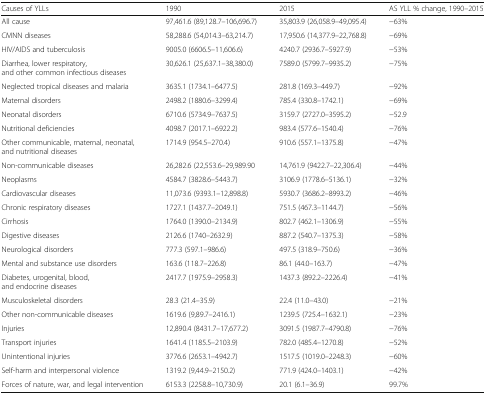
<table><thead><tr><td><b>Causes of YLLs</b></td><td><b>1990</b></td><td><b>2015</b></td><td><b>AS YLL % change, 1990–2015</b></td></tr></thead><tbody><tr><td>All cause</td><td>97,461.6 (89,128.7–106,696.7)</td><td>35,803.9 (26,058.9–49,095.4)</td><td>−63%</td></tr><tr><td>CMNN diseases</td><td>58,288.6 (54,014.3–63,214.7)</td><td>17,950.6 (14,377.9–22,768.8)</td><td>−69%</td></tr><tr><td>HIV/AIDS and tuberculosis</td><td>9005.0 (6606.5–11,606.6)</td><td>4240.7 (2936.7–5927.9)</td><td>−53%</td></tr><tr><td>Diarrhea, lower respiratory, and other common infectious diseases</td><td>30,626.1 (25,637.1–38,380.0)</td><td>7589.0 (5799.7–9935.2)</td><td>−75%</td></tr><tr><td>Neglected tropical diseases and malaria</td><td>3635.1 (1734.1–6477.5)</td><td>281.8 (169.3–449.7)</td><td>−92%</td></tr><tr><td>Maternal disorders</td><td>2498.2 (1880.6–3299.4)</td><td>785.4 (330.8–1742.1)</td><td>−69%</td></tr><tr><td>Neonatal disorders</td><td>6710.6 (5734.9–7637.5)</td><td>3159.7 (2727.0–3595.2)</td><td>−52.9</td></tr><tr><td>Nutritional deficiencies</td><td>4098.7 (2017.1–6922.2)</td><td>983.4 (577.6–1540.4)</td><td>−76%</td></tr><tr><td>Other communicable, maternal, neonatal, and nutritional diseases</td><td>1714.9 (954.5–270.4)</td><td>910.6 (557.1–1375.8)</td><td>−47%</td></tr><tr><td>Non-communicable diseases</td><td>26,282.6 (22,553.6–29,989.90</td><td>14,761.9 (9422.7–22,306.4)</td><td>−44%</td></tr><tr><td>Neoplasms</td><td>4584.7 (3828.6–5443.7)</td><td>3106.9 (1778.6–5136.1)</td><td>−32%</td></tr><tr><td>Cardiovascular diseases</td><td>11,073.6 (9393.1–12,898.8)</td><td>5930.7 (3686.2–8993.2)</td><td>−46%</td></tr><tr><td>Chronic respiratory diseases</td><td>1727.1 (1437.7–2049.1)</td><td>751.5 (467.3–1144.7)</td><td>−56%</td></tr><tr><td>Cirrhosis</td><td>1764.0 (1390.0–2134.9)</td><td>802.7 (462.1–1306.9)</td><td>−55%</td></tr><tr><td>Digestive diseases</td><td>2126.6 (1740–2632.9)</td><td>887.2 (540.7–1375.3)</td><td>−58%</td></tr><tr><td>Neurological disorders</td><td>777.3 (597.1–986.6)</td><td>497.5 (318.9–750.6)</td><td>−36%</td></tr><tr><td>Mental and substance use disorders</td><td>163.6 (118.7–226.8)</td><td>86.1 (44.0–163.7)</td><td>−47%</td></tr><tr><td>Diabetes, urogenital, blood, and endocrine diseases</td><td>2417.7 (1975.9–2958.3)</td><td>1437.3 (892.2–2226.4)</td><td>−41%</td></tr><tr><td>Musculoskeletal disorders</td><td>28.3 (21.4–35.9)</td><td>22.4 (11.0–43.0)</td><td>−21%</td></tr><tr><td>Other non-communicable diseases</td><td>1619.6 (9,89.7–2416.1)</td><td>1239.5 (725.4–1632.1)</td><td>−23%</td></tr><tr><td>Injuries</td><td>12,890.4 (8431.7–17,677.2)</td><td>3091.5 (1987.7–4790.8)</td><td>−76%</td></tr><tr><td>Transport injuries</td><td>1641.4 (1185.5–2103.9)</td><td>782.0 (485.4–1270.8)</td><td>−52%</td></tr><tr><td>Unintentional injuries</td><td>3776.6 (2653.1–4942.7)</td><td>1517.5 (1019.0–2248.3)</td><td>−60%</td></tr><tr><td>Self-harm and interpersonal violence</td><td>1319.2 (9,44.9–2150.2)</td><td>771.9 (424.0–1403.1)</td><td>−42%</td></tr><tr><td>Forces of nature, war, and legal intervention</td><td>6153.3 (2258.8–10,730.9)</td><td>20.1 (6.1–36.9)</td><td>99.7%</td></tr></tbody></table>